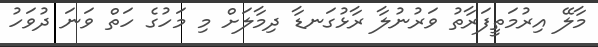
މާލޭ އިރުމަތީފަރާތު ވަރުނުލާ ރާޅުގަނޑާ ދިމާލަށް މި މަހުގެ ހަތް ވަނަ ދުވަހު